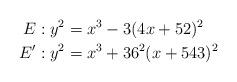
LaTeX: \begin{align*} E: y^2 &=x^3-3(4x+52)^2 \\ E': y^2 & =x^3+36^2(x+543)^2 \end{align*}